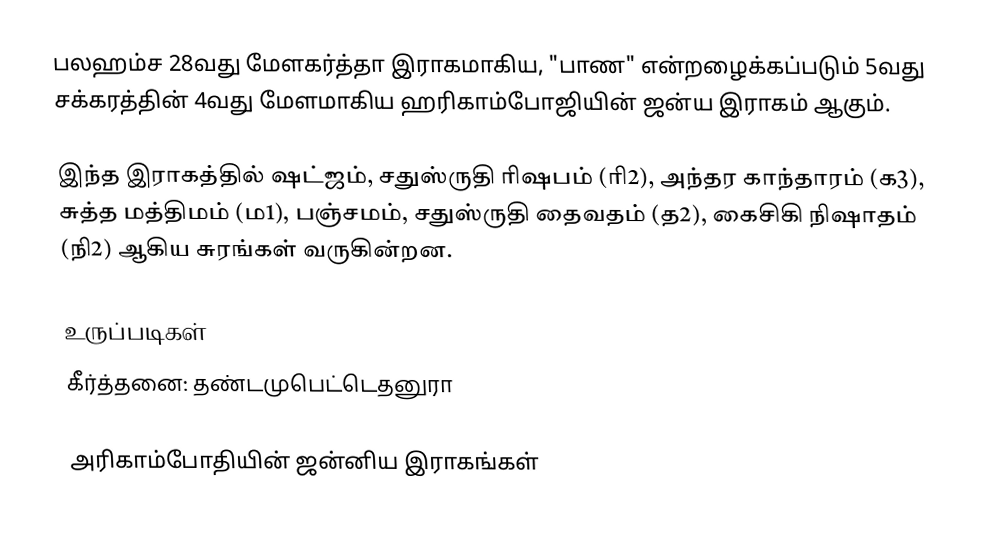
பலஹம்ச 28வது மேளகர்த்தா இராகமாகிய, "பாண" என்றழைக்கப்படும் 5வது சக்கரத்தின் 4வது மேளமாகிய ஹரிகாம்போஜியின் ஜன்ய இராகம் ஆகும்.

இந்த இராகத்தில் ஷட்ஜம், சதுஸ்ருதி ரிஷபம் (ரி2),  அந்தர காந்தாரம் (க3), சுத்த மத்திமம் (ம1), பஞ்சமம், சதுஸ்ருதி தைவதம் (த2), கைசிகி நிஷாதம்  (நி2) ஆகிய சுரங்கள் வருகின்றன.

உருப்படிகள்
 கீர்த்தனை: தண்டமுபெட்டெதனுரா

அரிகாம்போதியின் ஜன்னிய இராகங்கள்